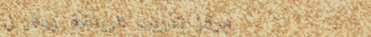
مركز تدريب الرياضة يوفر ل